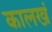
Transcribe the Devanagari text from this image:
कालखं